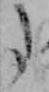
た